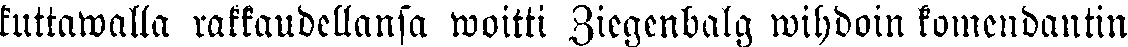
kuttawalla rakkaudellansa woitti Ziegenbalg wihdoin komendantin